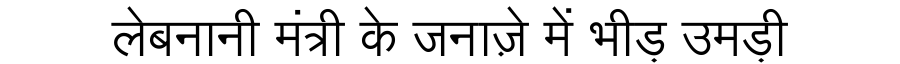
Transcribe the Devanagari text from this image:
लेबनानी मंत्री के जनाज़े में भीड़ उमड़ी